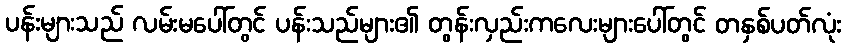
ပန်းများသည် လမ်းမပေါ်တွင် ပန်းသည်များ၏ တွန်းလှည်းကလေးများပေါ်တွင် တနှစ်ပတ်လုံး